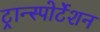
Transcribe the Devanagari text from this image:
ट्रान्स्पोर्टेशन